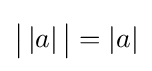
{\bigl |}\left|a\right|{\bigr |}=|a|